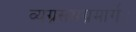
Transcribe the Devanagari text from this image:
व्यग्रसमग्रमार्ग।